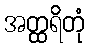
အတ္ထရိတုံ